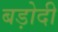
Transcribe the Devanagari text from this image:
बड़ोदी